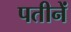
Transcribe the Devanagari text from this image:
पतीनें